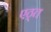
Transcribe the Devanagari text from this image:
एठ्त